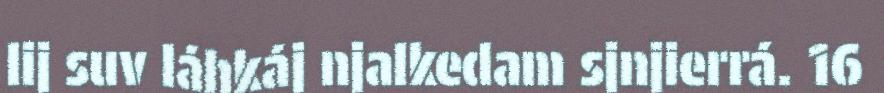
lij suv láhkáj njalkedam sjnjierrá. 16